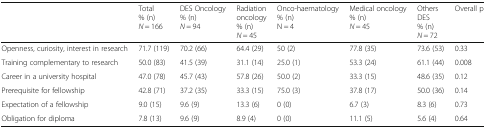
<table><thead><tr><td></td><td><b>Total% (n)<i>N</i> = 166</b></td><td><b>DES Oncology% (n)<i>N</i> = 94</b></td><td><b>Radiationoncology% (n)<i>N</i> = 45</b></td><td><b>Onco-haematology% (n)N = 4</b></td><td><b>Medical oncology% (n)<i>N</i> = 45</b></td><td><b>OthersDES% (n)<i>N</i> = 72</b></td><td><b>Overall p</b></td></tr></thead><tbody><tr><td>Openness, curiosity, interest in research</td><td>71.7 (119)</td><td>70.2 (66)</td><td>64.4 (29)</td><td>50 (2)</td><td>77.8 (35)</td><td>73.6 (53)</td><td>0.33</td></tr><tr><td>Training complementary to research</td><td>50.0 (83)</td><td>41.5 (39)</td><td>31.1 (14)</td><td>25.0 (1)</td><td>53.3 (24)</td><td>61.1 (44)</td><td>0.008</td></tr><tr><td>Career in a university hospital</td><td>47.0 (78)</td><td>45.7 (43)</td><td>57.8 (26)</td><td>50.0 (2)</td><td>33.3 (15)</td><td>48.6 (35)</td><td>0.12</td></tr><tr><td>Prerequisite for fellowship</td><td>42.8 (71)</td><td>37.2 (35)</td><td>33.3 (15)</td><td>75.0 (3)</td><td>37.8 (17)</td><td>50.0 (36)</td><td>0.14</td></tr><tr><td>Expectation of a fellowship</td><td>9.0 (15)</td><td>9.6 (9)</td><td>13.3 (6)</td><td>0 (0)</td><td>6.7 (3)</td><td>8.3 (6)</td><td>0.73</td></tr><tr><td>Obligation for diploma</td><td>7.8 (13)</td><td>9.6 (9)</td><td>8.9 (4)</td><td>0 (0)</td><td>11.1 (5)</td><td>5.6 (4)</td><td>0.64</td></tr></tbody></table>